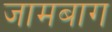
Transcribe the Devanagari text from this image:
जामबाग